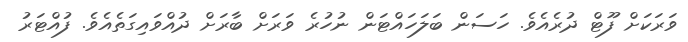
ވަރަކަށް ފޫޓް ދުރެއެވެ. ހަސަން ބަލަހައްޓަން ނުހުރެ ވަރަށް ބާރަށް ދުއްވައިގަތެއެވެ. ފުއްޓަރު